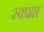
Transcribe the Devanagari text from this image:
स्वप्राप्त